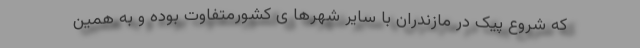
که شروع پیک در مازندران با سایر شهرها ی کشورمتفاوت بوده و به همین